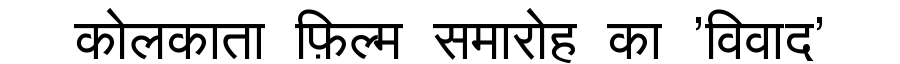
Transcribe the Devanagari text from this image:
कोलकाता फ़िल्म समारोह का 'विवाद'